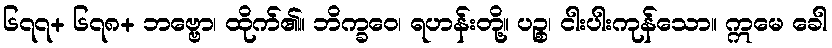
၆၇၇+ ၆၇၈+ ဘဗ္ဗော၊ ထိုက်၏။ ဘိက္ခဝေ၊ ရဟန်းတို့။ ပဉ္စ၊ ငါးပါးကုန်သော။ ဣမေ ခေါ